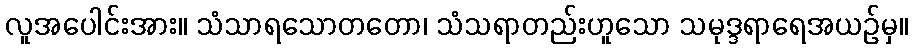
လူအပေါင်းအား။ သံသာရသောတတော၊ သံသရာတည်းဟူသော သမုဒ္ဒရာရေအယဉ်မှ။